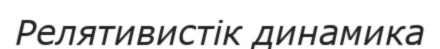
Релятивистік динамика